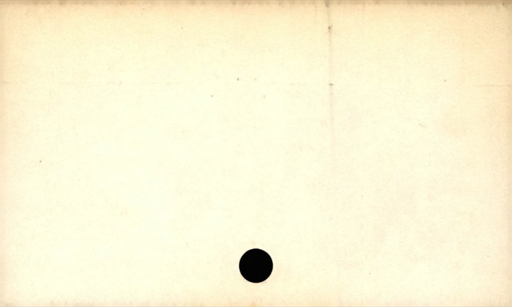
Label: divider